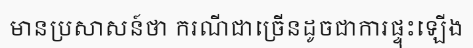
មានប្រសាសន៍ថា ករណីជាច្រើនដូចជាការផ្ទុះឡើង